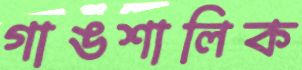
গাঙশালিক